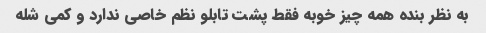
به نظر بنده همه چیز خوبه فقط پشت تابلو نظم خاصی ندارد و کمی شله